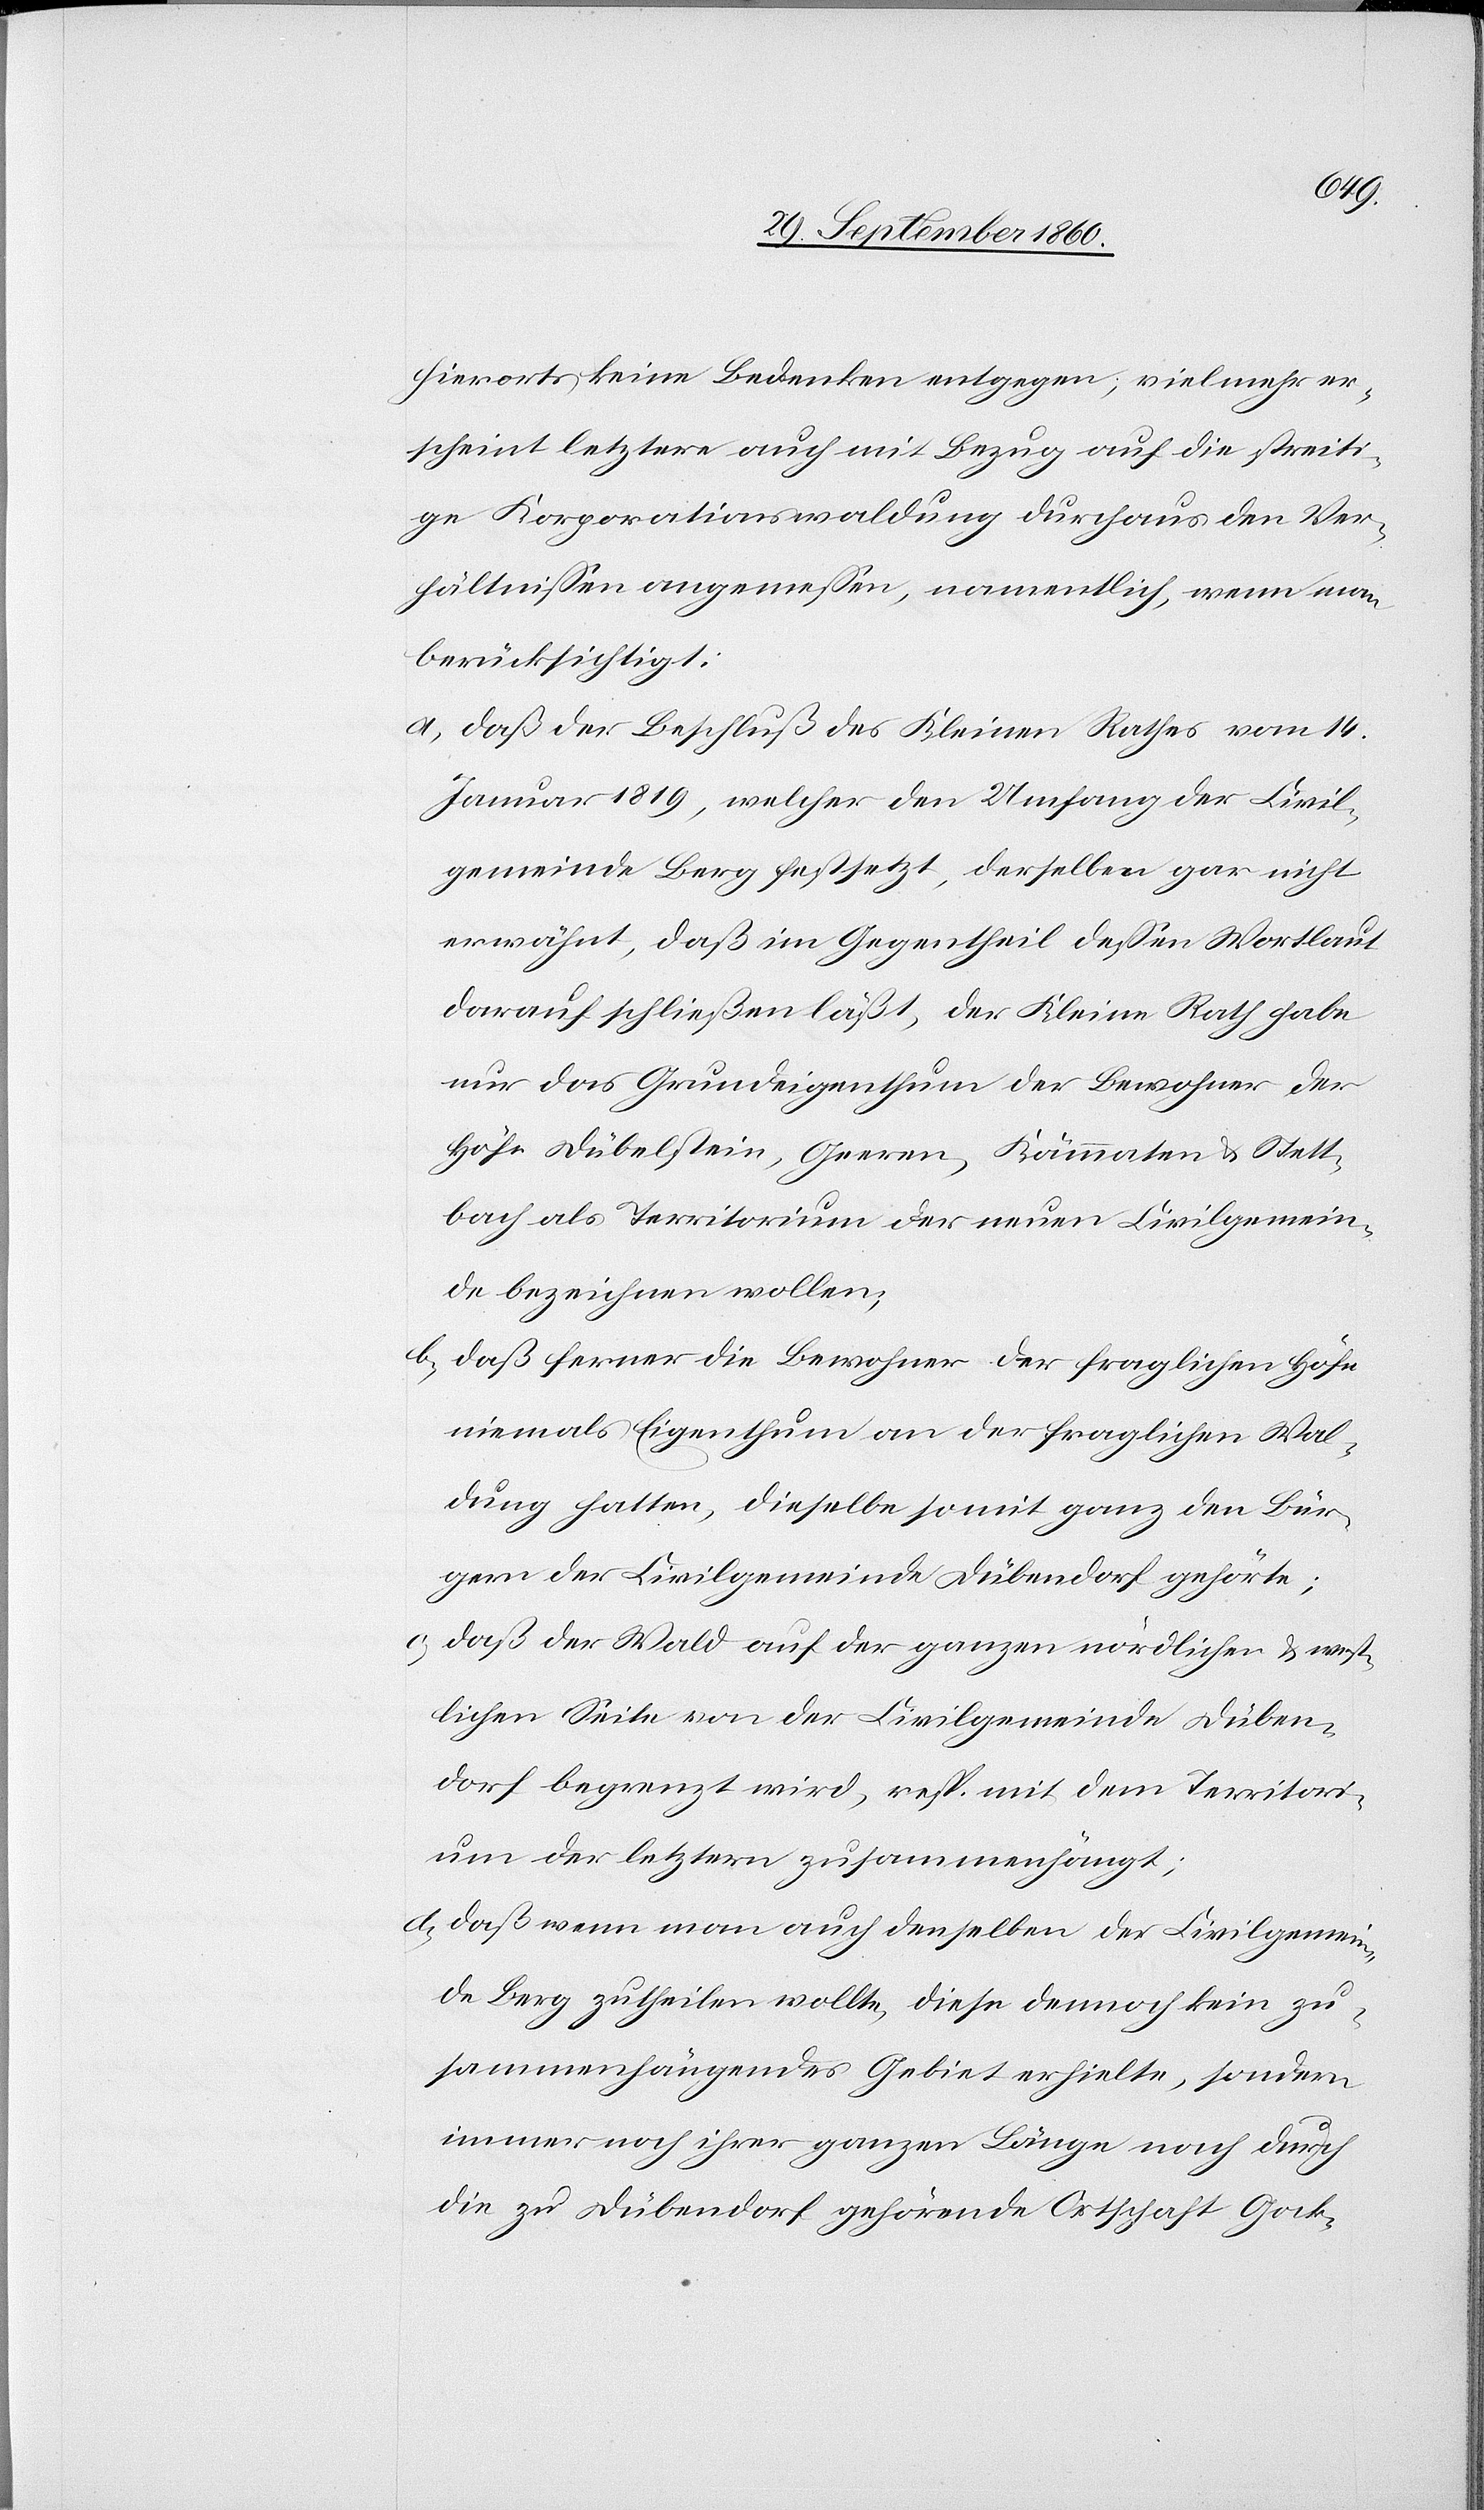
hierorts keine Bedenken entgegen, vielmehr er¬
scheint letztere auch mit Bezug auf die streiti¬
ge Korporationswaldung durchaus den Ver¬
hältnissen angemessen, namentlich, wenn man
berücksichtigt:
a. daß der Beschluß des Kleinen Rathes vom 14.
Januar 1819, welcher den Umfang der Civil¬
gemeinde Berg festsetzt, derselben gar nicht
erwähnt, daß im Gegentheil dessen Wortlaut
darauf schließen läßt, der Kleine Rath habe
nur das Grundeigenthum der Bewohner der
Höfe Dübelstein, Geeren, Kämmaten & Stett¬
bach als Territorium der neuen Civilgemein¬
de bezeichnen wollen;
b. daß ferner die Bewohner der fraglichen Höfe
niemals Eigenthum an der fraglichen Wal¬
dung hatten, dieselbe somit ganz den Bür¬
gern der Civilgemeinde Dübendorf gehörte;
c. daß der Wald auf der ganzen nördlichen & west¬
lichen Seite von der Civilgemeinde Düben¬
dorf begrenzt wird, resp. mit dem Territori¬
um der letztern zusammenhängt.
d. daß wenn man auch denselben der Civilgemein¬
de Berg zutheilen wollte, diese dennoch kein zu¬
sammenhängendes Gebiet erhielte, sondern
immer noch ihrer ganzen Länge nach durch
die zu Dübendorf gehörende Ortschaft Gock-